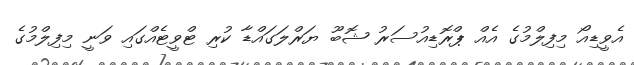
އެވީޑިއޯ މިފިލްމުގެ އެއް ޕްރޮޑިއުސަރު ޝޮބޫ ޔަރްލަގައްޑާ ކުރި ޓްވީޓެއްގައި ވަނީ މިފިލްމުގެ